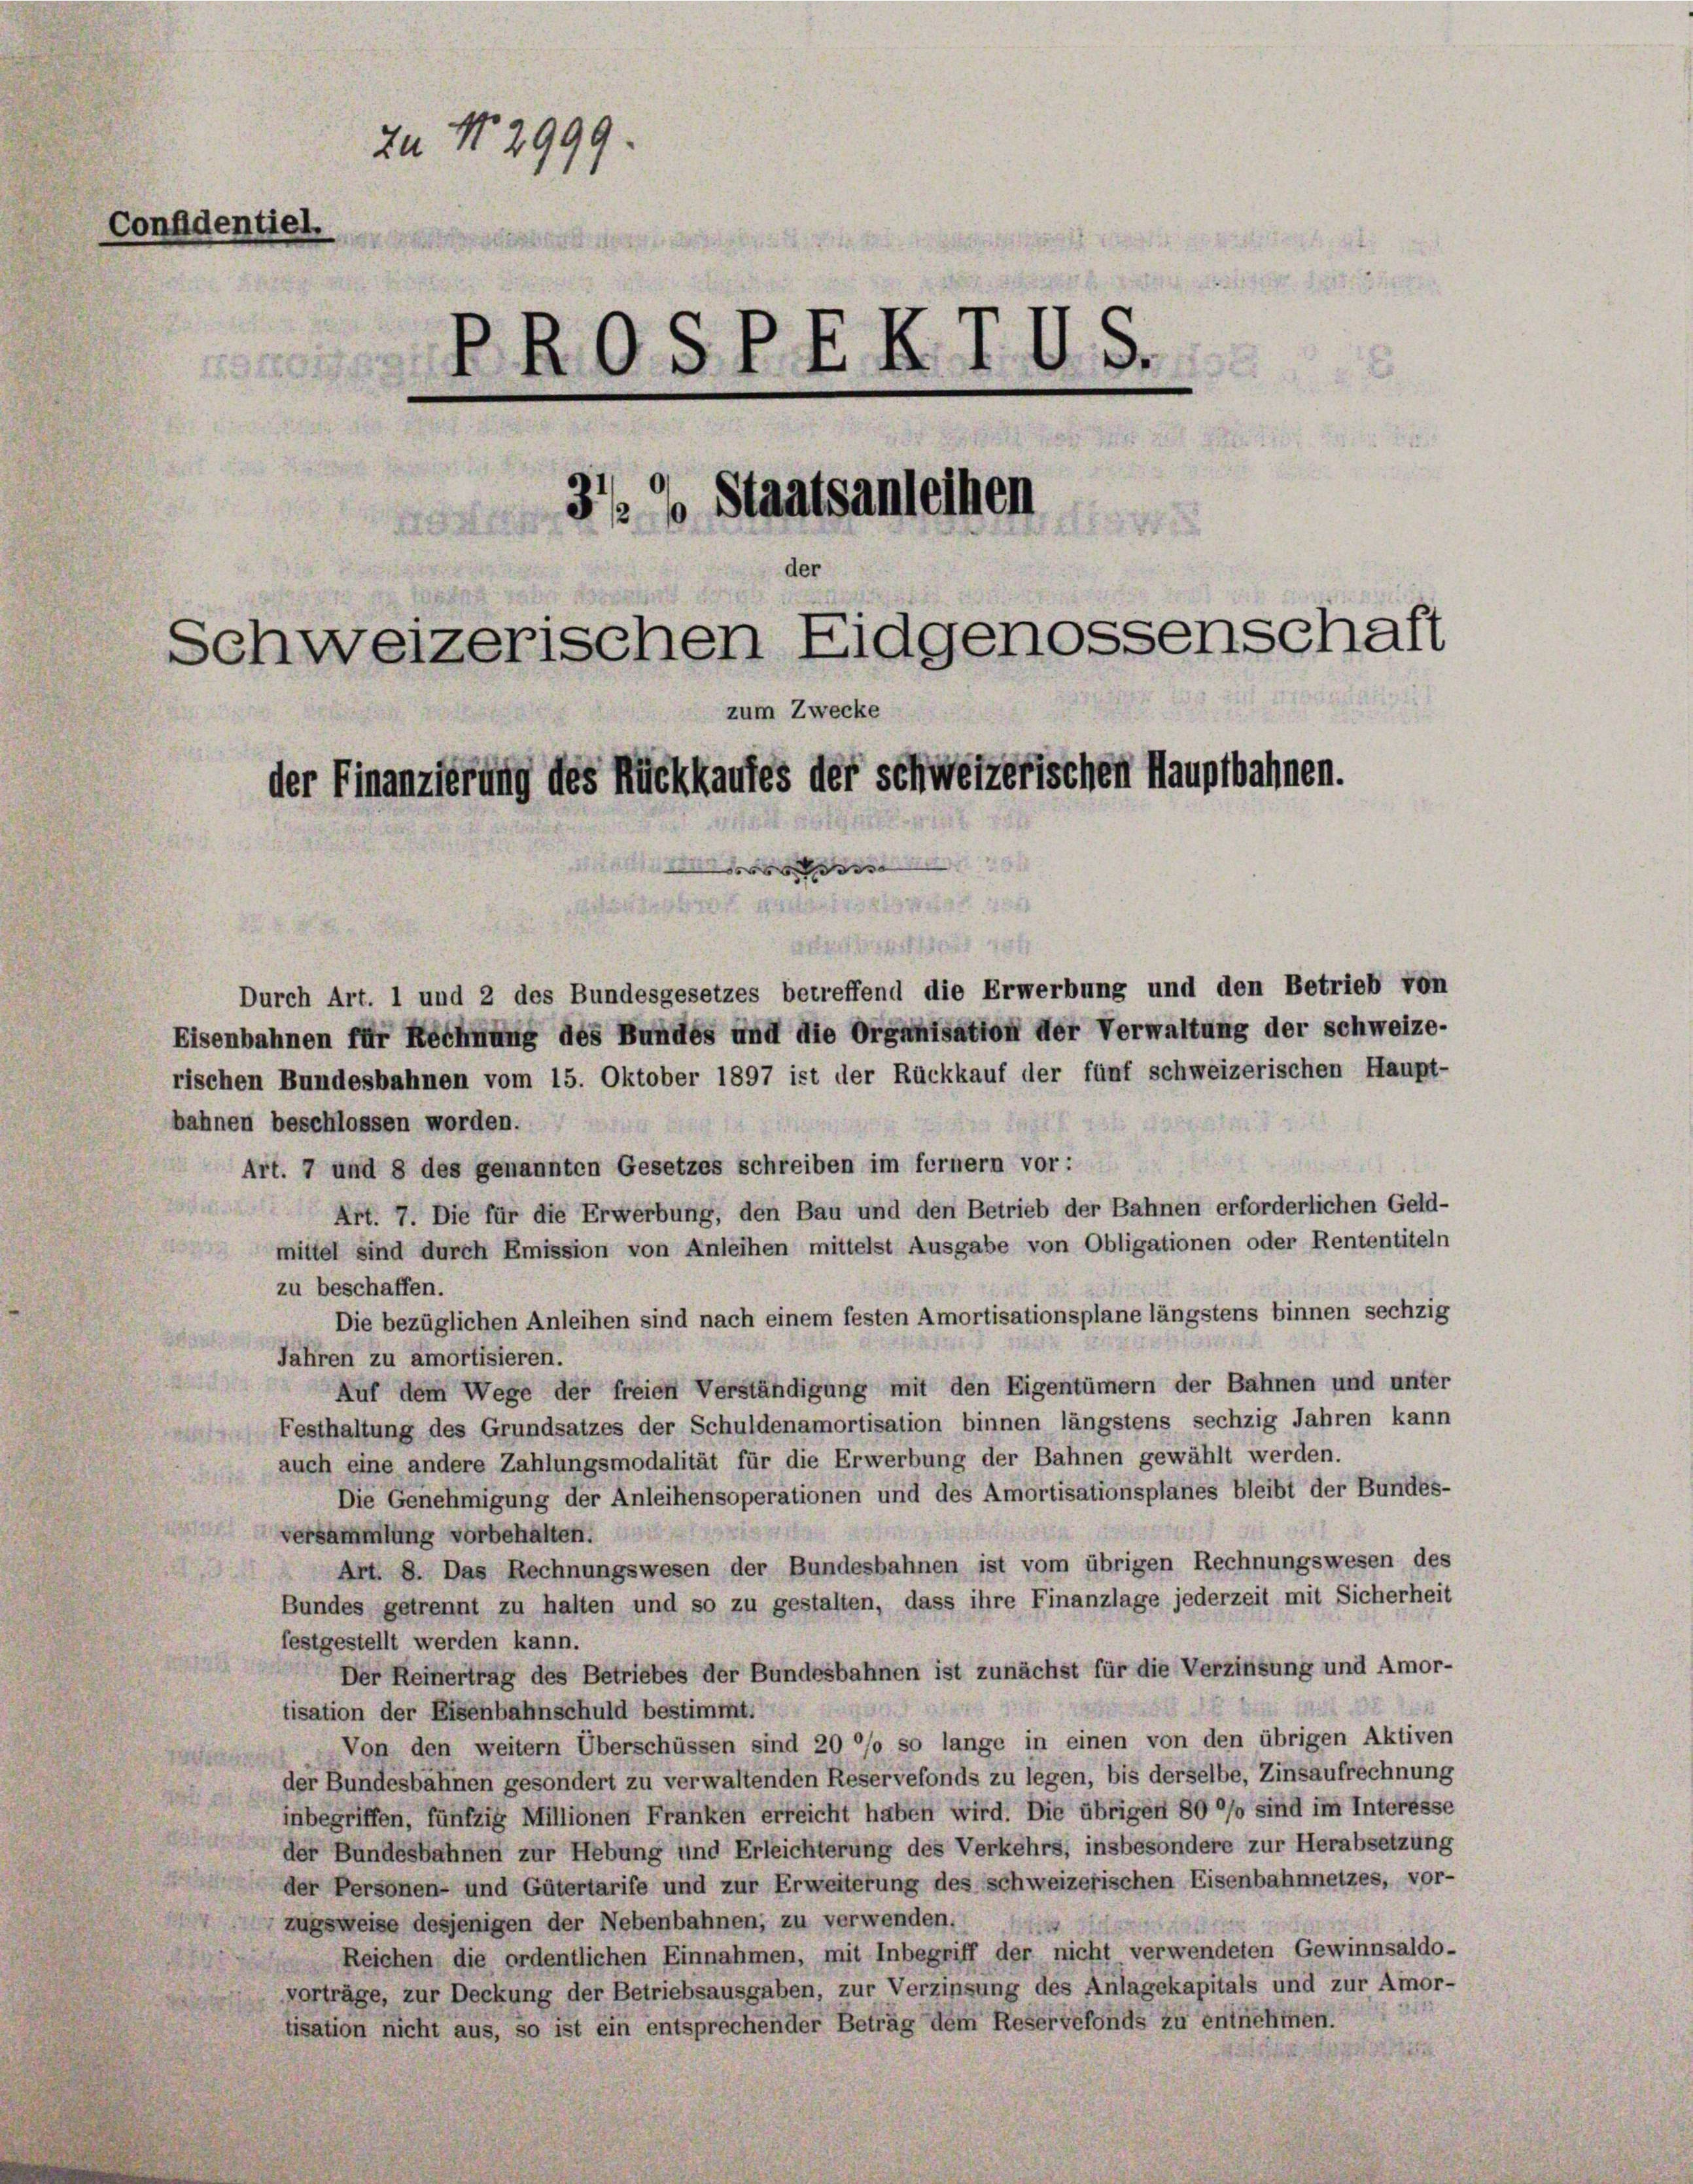
Zu No. 2999.
Confidentiel.
PROSPEKTUS.
2

37. Staatsanleihen
t
u
der
Schweizerischen Eidgenossenschaft
zum Zwecke
der Finanzierung des Rückkaufes der schweizerischen Hauptbahnen.
s

Durch Art. 1 und 2 des Bundesgesetzes betreffend die Erwerbung und den Betrieb von
Eisenbahnen für Rechnung des Bundes und die Organisation der Verwaltung der schweize-
rischen Bundesbahnen vom 15. Oktober 1897 ist der Rückkauf der fünf schweizerischen Haupt-
bahnen beschlossen worden.
Art. 7 und 8 des genannten Gesetzes schreiben im fernem vor:
Art. 7. Die für die Erwerbung, den Bau und den Betrieb der Bahnen erforderlichen Geld-
mittel sind durch Emission von Anleihen mittelst Ausgabe von Obligationen oder Rententiteln
zu beschaffen.
Die bezüglichen Anleihen sind nach einem festen Amortisationsplane längstens binnen sechzig
Jahren zu amortisieren.
Auf dem Wege der freien Verständigung mit den Eigentümern der Bahnen und unter
Festhaltung des Grundsatzes der Schuldenamortisation binnen längstens sechzig Jahren kann
auch eine andere Zahlungsmodalität für die Erwerbung der Bahnen gewählt werden.
Die Genehmigung der Anleihensoperationen und des Amortisationsplanes bleibt der Bundes-
versammlung vorbehalten.
Art. 8. Das Rechnungswesen der Bundesbahnen ist vom übrigen Rechnungswesen des
Bundes getrennt zu halten und so zu gestalten, dass ihre Finanzlage jederzeit mit Sicherheit
festgestellt werden kann.
Der Reinertrag des Betriebes der Bundesbahnen ist zunächst für die Verzinsung und Amor-
tisation der Eisenbahnschuld bestimmt.
Von den weitern Überschüssen sind 20 °/o so lange in einen von den übrigen Aktiven
der Bundesbähnen gesondert zu verwaltenden Reservefonds zu legen, bis derselbe, Zinsaufrechnung
inbegriffen, fünfzig Millionen Franken erreicht haben wird. Die übrigen 80 °/o sind im Interesse
der Bundesbahnen zur Hebung und Erleichterung des Verkehrs, insbesondere zur Herabsetzung
der Personen- und Gütertarife und zur Erweiterung des schweizerischen Eisenbahnnetzes, vor-
zugsweise desjenigen der Nebenbahnen, zu verwenden.
Reichen die ordentlichen Einnahmen, mit Inbegriff der nicht verwendeten Gewinnsaldo-
vorträge, zur Deckung der Betriebsausgaben, zur Verzinsung des Anlagekapitals und zur Amor-
tisation nicht aus, so ist ein entsprechender Betrag dem Reservefonds zu entnehmen.